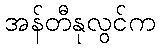
အန်တီနုလွင်က